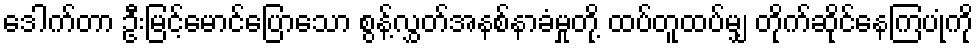
ဒေါက်တာ ဦးမြင့်မောင်ပြောသော စွန့်လွှတ်အနစ်နာခံမှုတို့ ထပ်တူထပ်မျှ တိုက်ဆိုင်နေကြပုံကို